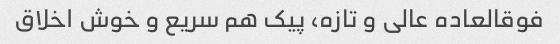
فوقالعاده عالی و تازه، پیک هم سریع و خوش اخلاق